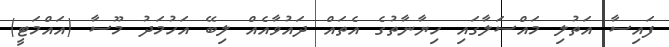
ފައިސާ އަތުލި މައްސަލާގައި ހިޔާނާތުގެ އެތައް ދައުވާއެއް ލިބޭ އަހުމަދު މޫސާ (އައްމަޓީ)